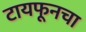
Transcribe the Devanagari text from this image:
टायफूनचा